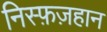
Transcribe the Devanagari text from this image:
निस्फ़ज़हान